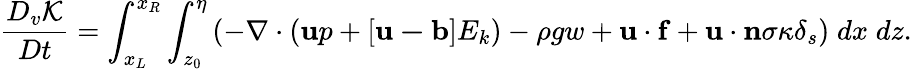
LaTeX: \frac{D_{v}\mathcal{K}}{Dt}=\int_{x_{L}}^{x_{R}}\int_{z_{0}}^{\eta}\left(-\nabla\cdot\left(\mathbf{u}p+[\mathbf{u-b}]E_{k}\right)-\rho gw+\mathbf{u\cdot f}+\mathbf{u\cdot n}\sigma\kappa\delta_{s}\right)\; dx\; dz.